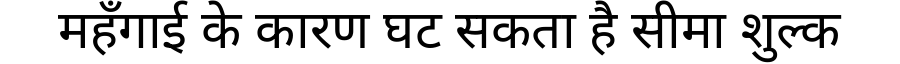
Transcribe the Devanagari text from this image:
महँगाई के कारण घट सकता है सीमा शुल्क